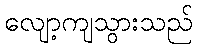
လျော့ကျသွားသည်